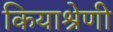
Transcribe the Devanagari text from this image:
कियाश्रेणी